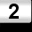
Digit: 2